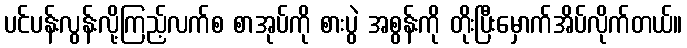
ပင်ပန်းလွန်းလို့ကြည့်လက်စ စာအုပ်ကို စားပွဲ အစွန်းကို တိုးပြီးမှောက်အိပ်လိုက်တယ်။